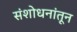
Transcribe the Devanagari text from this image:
संशोधनांतून